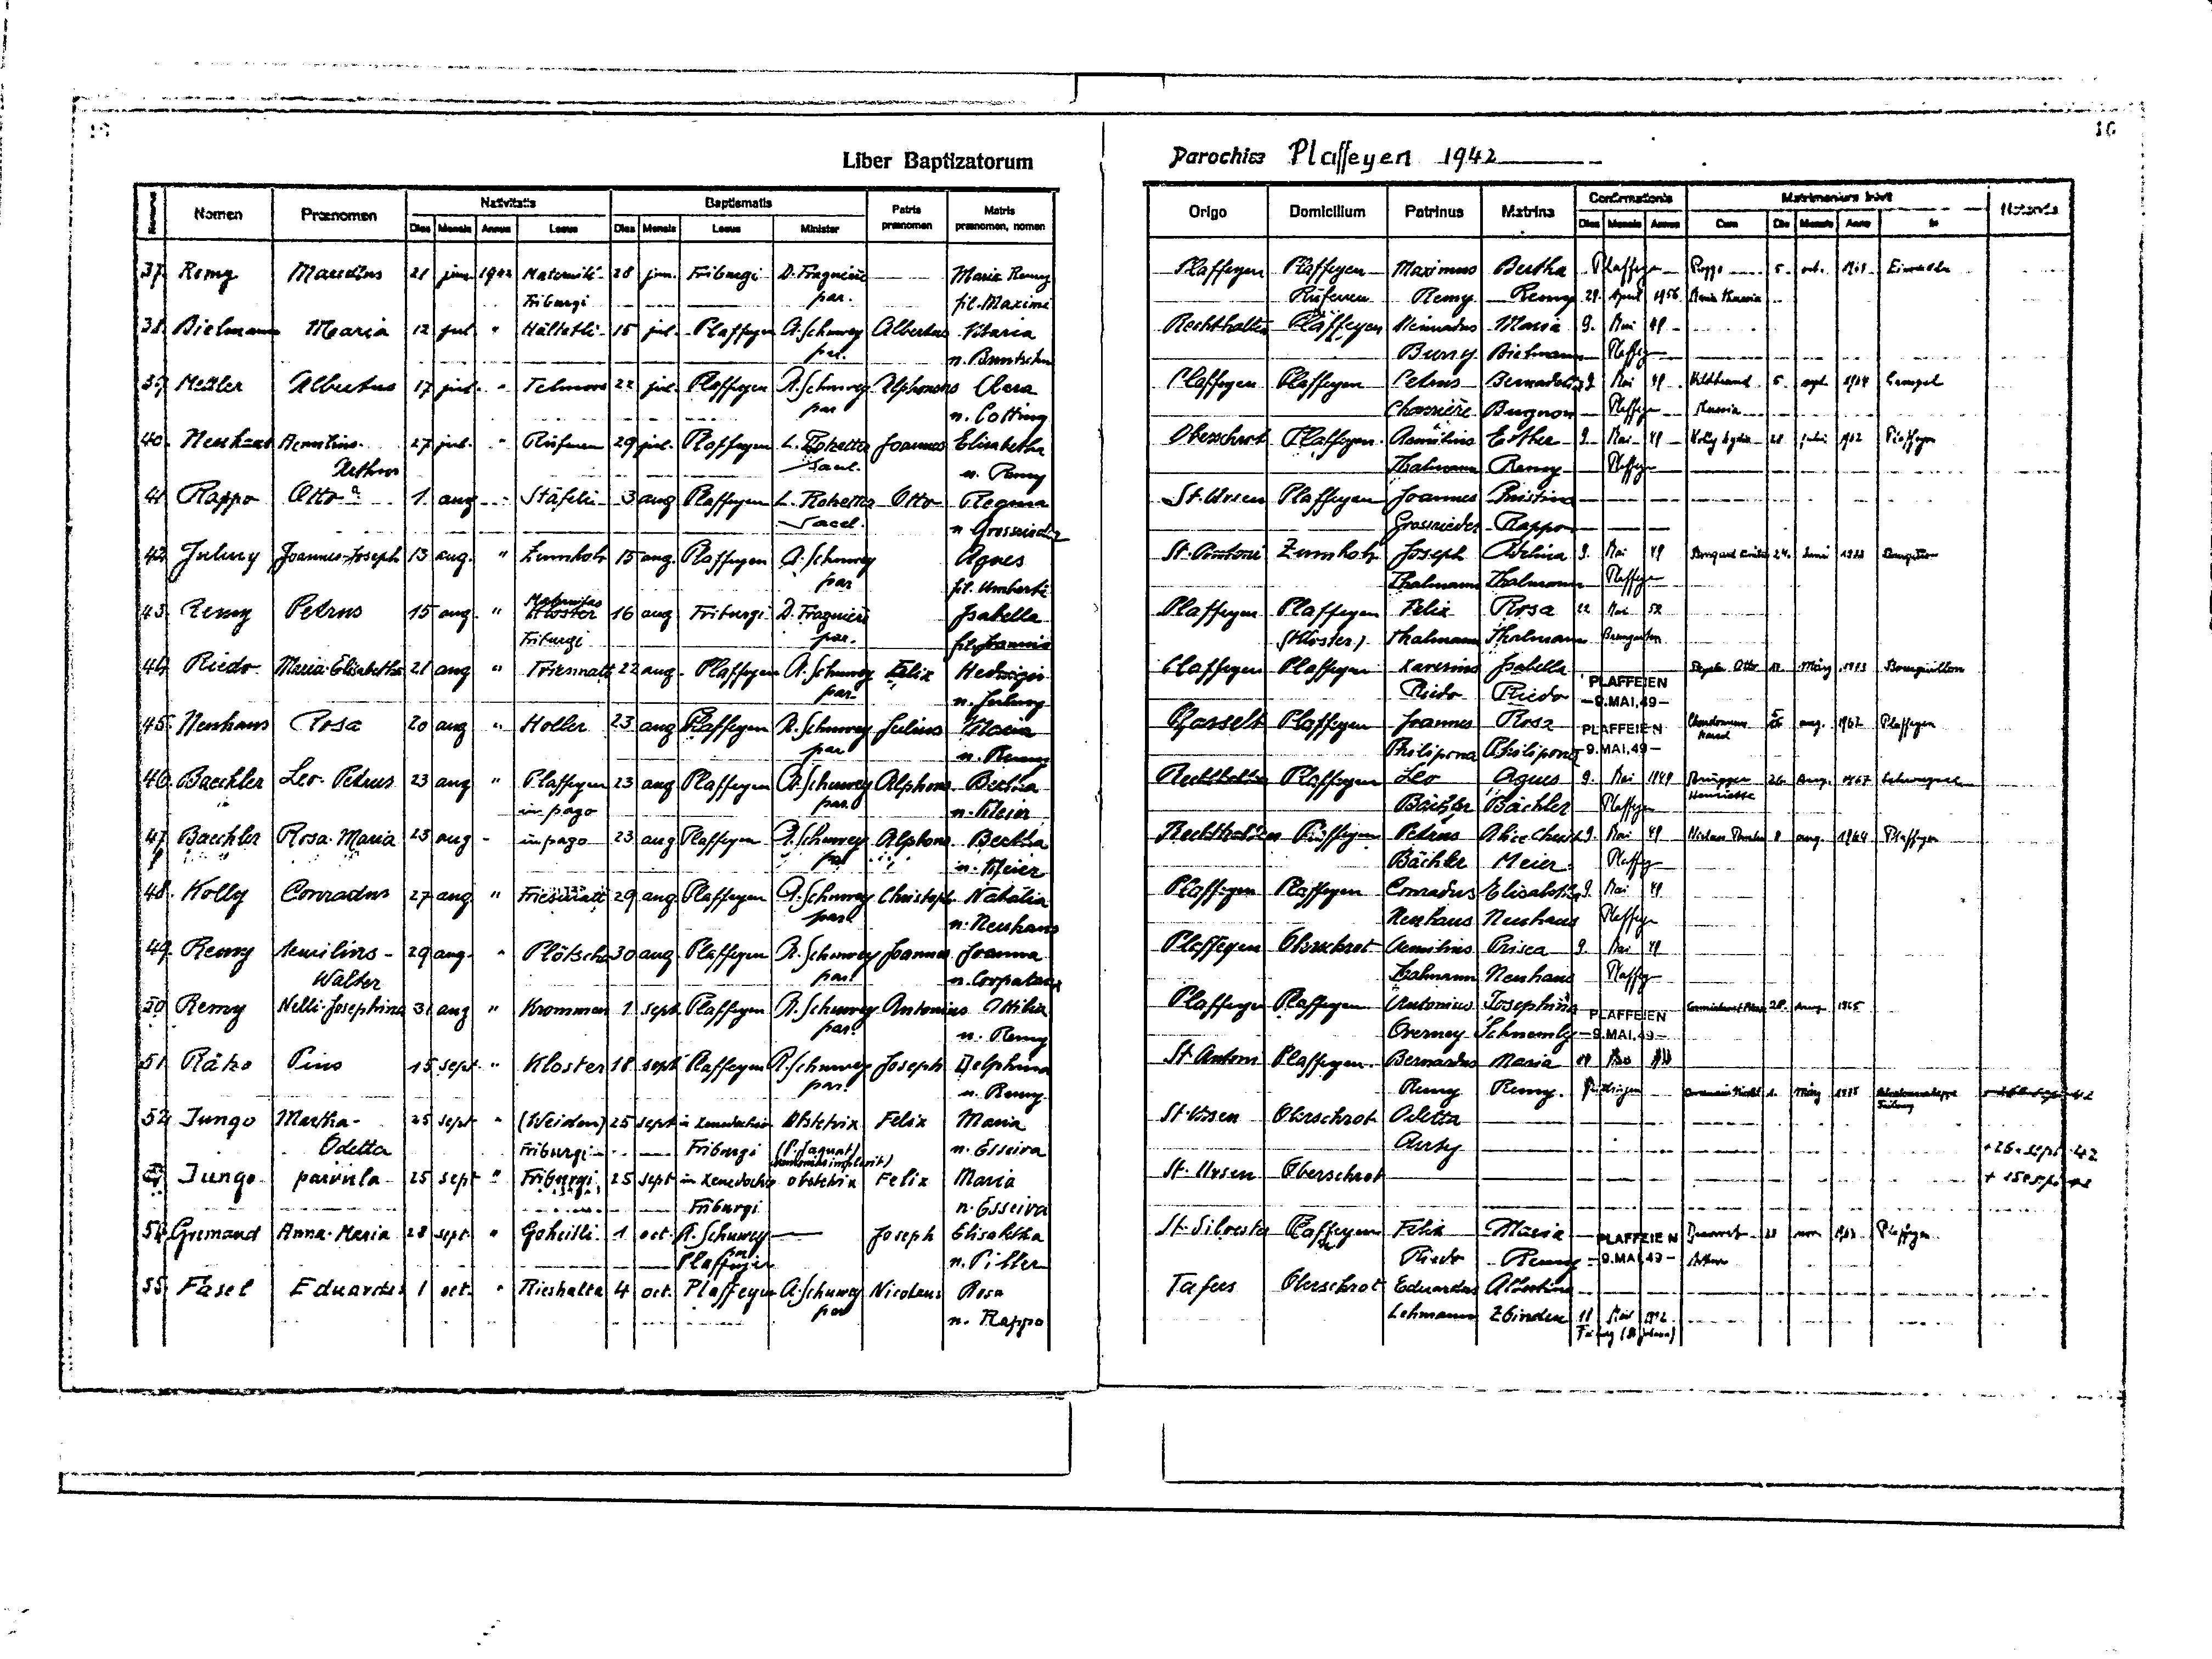
16
16
Parochiae Plaffeyen 1942
Liber Baptizatorum
Matrimonium inivit
Confirmationis
Nativitatis
Baptismatis
Notanda
Patris
in
Matris
Origo Domicilium Patrinus Matrina Dies Mensis Annus Cum Die Mensis Anno
Nomen Praenomen Dies Mensis Annus
praenomen
praenomen, nomen
Minister
De Mensis Locus
Locus
Plaffeyen Plaffeyen Maximus Bertha Plaffeyen Rappo 5 oct. 1965 Einsiedeln
Marcellus 21 jun. 1942 Maternité 28 jun Friburgi D. Fragnière
37 Remy
Maria Remy
Rufenen Remy Remy 29 April 1956 Maria Theresia
par.
Friburgi
fil.Maximi
Rechthalten Plaffeyen Meinardus Maria 9 Mai 49
38 Bielmann Maria 12 jul. " Hältetli 15 jul. Plaffeyen A. Schuwey Albertus Maria
par.
Burry Bielmann Plaffeyen
n. Buntschu
Plaffeyen Plaffeyen Petrus Bernadetta 9 Mai 49 Hildebrand 5 sept. 1964 Gampel
39 Mettler Albertus 17 jul. " Telmoos 22 jul. Plaffeyen A. Schuwey Alphonsus Clara
par
Charrière Bugnon Plaffeyen Tenia
n. Cotting
Oberschrot Plaffeyen Aemilius Esther 9 Mai 49 Kolly Lydia 28 Juli 1962 Plaffeyen
40. Neuhaus Aemilius- 27 jul. " Rufenen 29 jul. Plaffeyen L. Rotzetter Joannes Elisabetha
sacel.
Thalmann Remy Plaffeyen
Arthur
n. Remy
St. Ursen Plaffeyen Joannnes Christina
41 Rappo Otto ? 1 aug " Stäfeli 3 aug Plaffeyen L. Rotzetter Otto Regina
Sacel.
Grossrieder Rappo
n. Grossrieder
St. Antoni Zumholz Joseph Adelina 9 Mai 49 Bongard Emil 24. Auni 1973 Bouguillon
42 Julmy Joannes-Joseph 13 aug " Zumholz 15 aug. Plaffeyen A. Schuwey
Agnes
Thalmann Thalmann Plaffeyen
par
fil. Umberti
Plaffeyen Plaffeyen Felix Rosa 22 Mai 52
Maternitas
43. Remy Petrus 15 aug. " Kloster 16 aug Friburgi A. Fragnière
Isabella
Bremgarten
(Kloster) Thalmann Thalmann
par.
Friburgi
fil.Joannis
Beyeler Otto 12 März 1973 Bourguillon
Plaffeyen Plaffeyen Xaverinus Isabella
44 Riedo Maria-Elisabetha 21 aug.
" Friesmatt 22 aug. Plaffeyen A. Schuwey Felix Hedwigis
PLAFFEIEN
par
Riedo Riedo -9.MAI.49-
n. Julmy
Chardonnens 26 aug. 1967 Plaffeyen
5.
Plasselb Plaffeyen Joannes Rosa PLAFFEIEN Goanced
45 Neuhaus Rosa 20 aug. " Holler 23 aug Plaffeyen A. Schuwey Julius Maria
par
Philipona Philipona -9.MAI.49-
n. Remy
Rechthalten Plaffeyen Leo Agnes 9 Mai 1949 Brügger 26 aug 1967 Schwarzseern
46 Bächler Leo Petrus 23 aug. " Plaffeyen 23 aug Plaffeyen A. Schuwey Alphons Bertha
Henriette
Bächler Bächler Plaffeyen
in pago
n. Meier
Rechthalten Plaffeyen Petrus Alice Christ 9 Mai 49 Niclass Ranheas 8 aug. 1964 Plaffeyen
47 Bächler Rosa-Maria 23 aug. " in pago 23 aug Plaffeyen A. Schuwey Alphons Bertha
Bächler Meier Plaffeyen
n. Meier
Plaffeyen Plaffeyen Conradus Elisabetha 9. Mai 49
48 Kolly Conradus 27 aug " Friesmatt 29 aug Plaffeyen A. Schuwey Christoph. Natalia
par.
Neuhaus Neuhaus Plaffeyen
n. Neuhaus
Plaffeyen Oberschrot Aemilius Prisca 9 Mai 49
49 Remy Aemilius- 29 aug. " Plötscha 30 aug Plaffeyen A. Schuwey Joannes Joanna
Thalmann Neuhaus Plaffeyen
par
n. Corpataux
Walter
Corminboeuf Prisca 28 aug 1965
Plaffeyen Plaffeyen Antonius Josephina PLAFFEIEN
50 Remy Nelli-Josephina 31 aug " Krommen 1 sept Plaffeyen A. Schuwey Antonius Ottilia
par.
Overney Schneuwly -9.MAI.49-
n. Remy
St. Antoni Plaffeyen Bernardus Maria 17 Mai 49
51 Rätzo Pius 15 sept. " Kloster 18 sept Plaffeyen A. Schuwey Joseph Delphina
ste
par
Remy Remy Düdingen Dmaus Disatlh 1 März 1975 Windmenderpre
n. Remy
Fribourg
St. Ursen Oberschrot Odetta
52 Jungo Martha- 26 sept " (Weiden) 25 sept in Xenodochio Obstetrix Felix Maria
†26. sept. 42
Aety
(P. Jaquat)
Odetta
n. Esseiva
Friburgi Friburgi
Xendonictis implevit)
†25. sept. 42
St. Ursen Oberschrot
53 Jungo parvula 25 sept. " Friburgi 25 sept in Xenodochio obstetrix Felix Maria
Friburgi
n. Esseiva
St. Silvester Plaffeyen Felix Maria PLAFFEIEN Decorvet 23 nov 1963 Plaffeyen
54 Gremaud Anna-Maria 28 sept. " Goheitli 1 oct. A. Schuwey
Joseph Elisabetha
par.
Riedo Remy -9.MAI.49- Anthon
n. Piller
Plaffeyen
Tafers Oberschrot Eduardus Albertina
55 Fasel Eduardus 1 oct. " Rieshalta 4 oct. Plaffeyen A. Schuwey Nicolaus Rosa
par
Lehmann Zbinden 18 Mai 1952
n. Rappo
Freiburg (St. Johann)